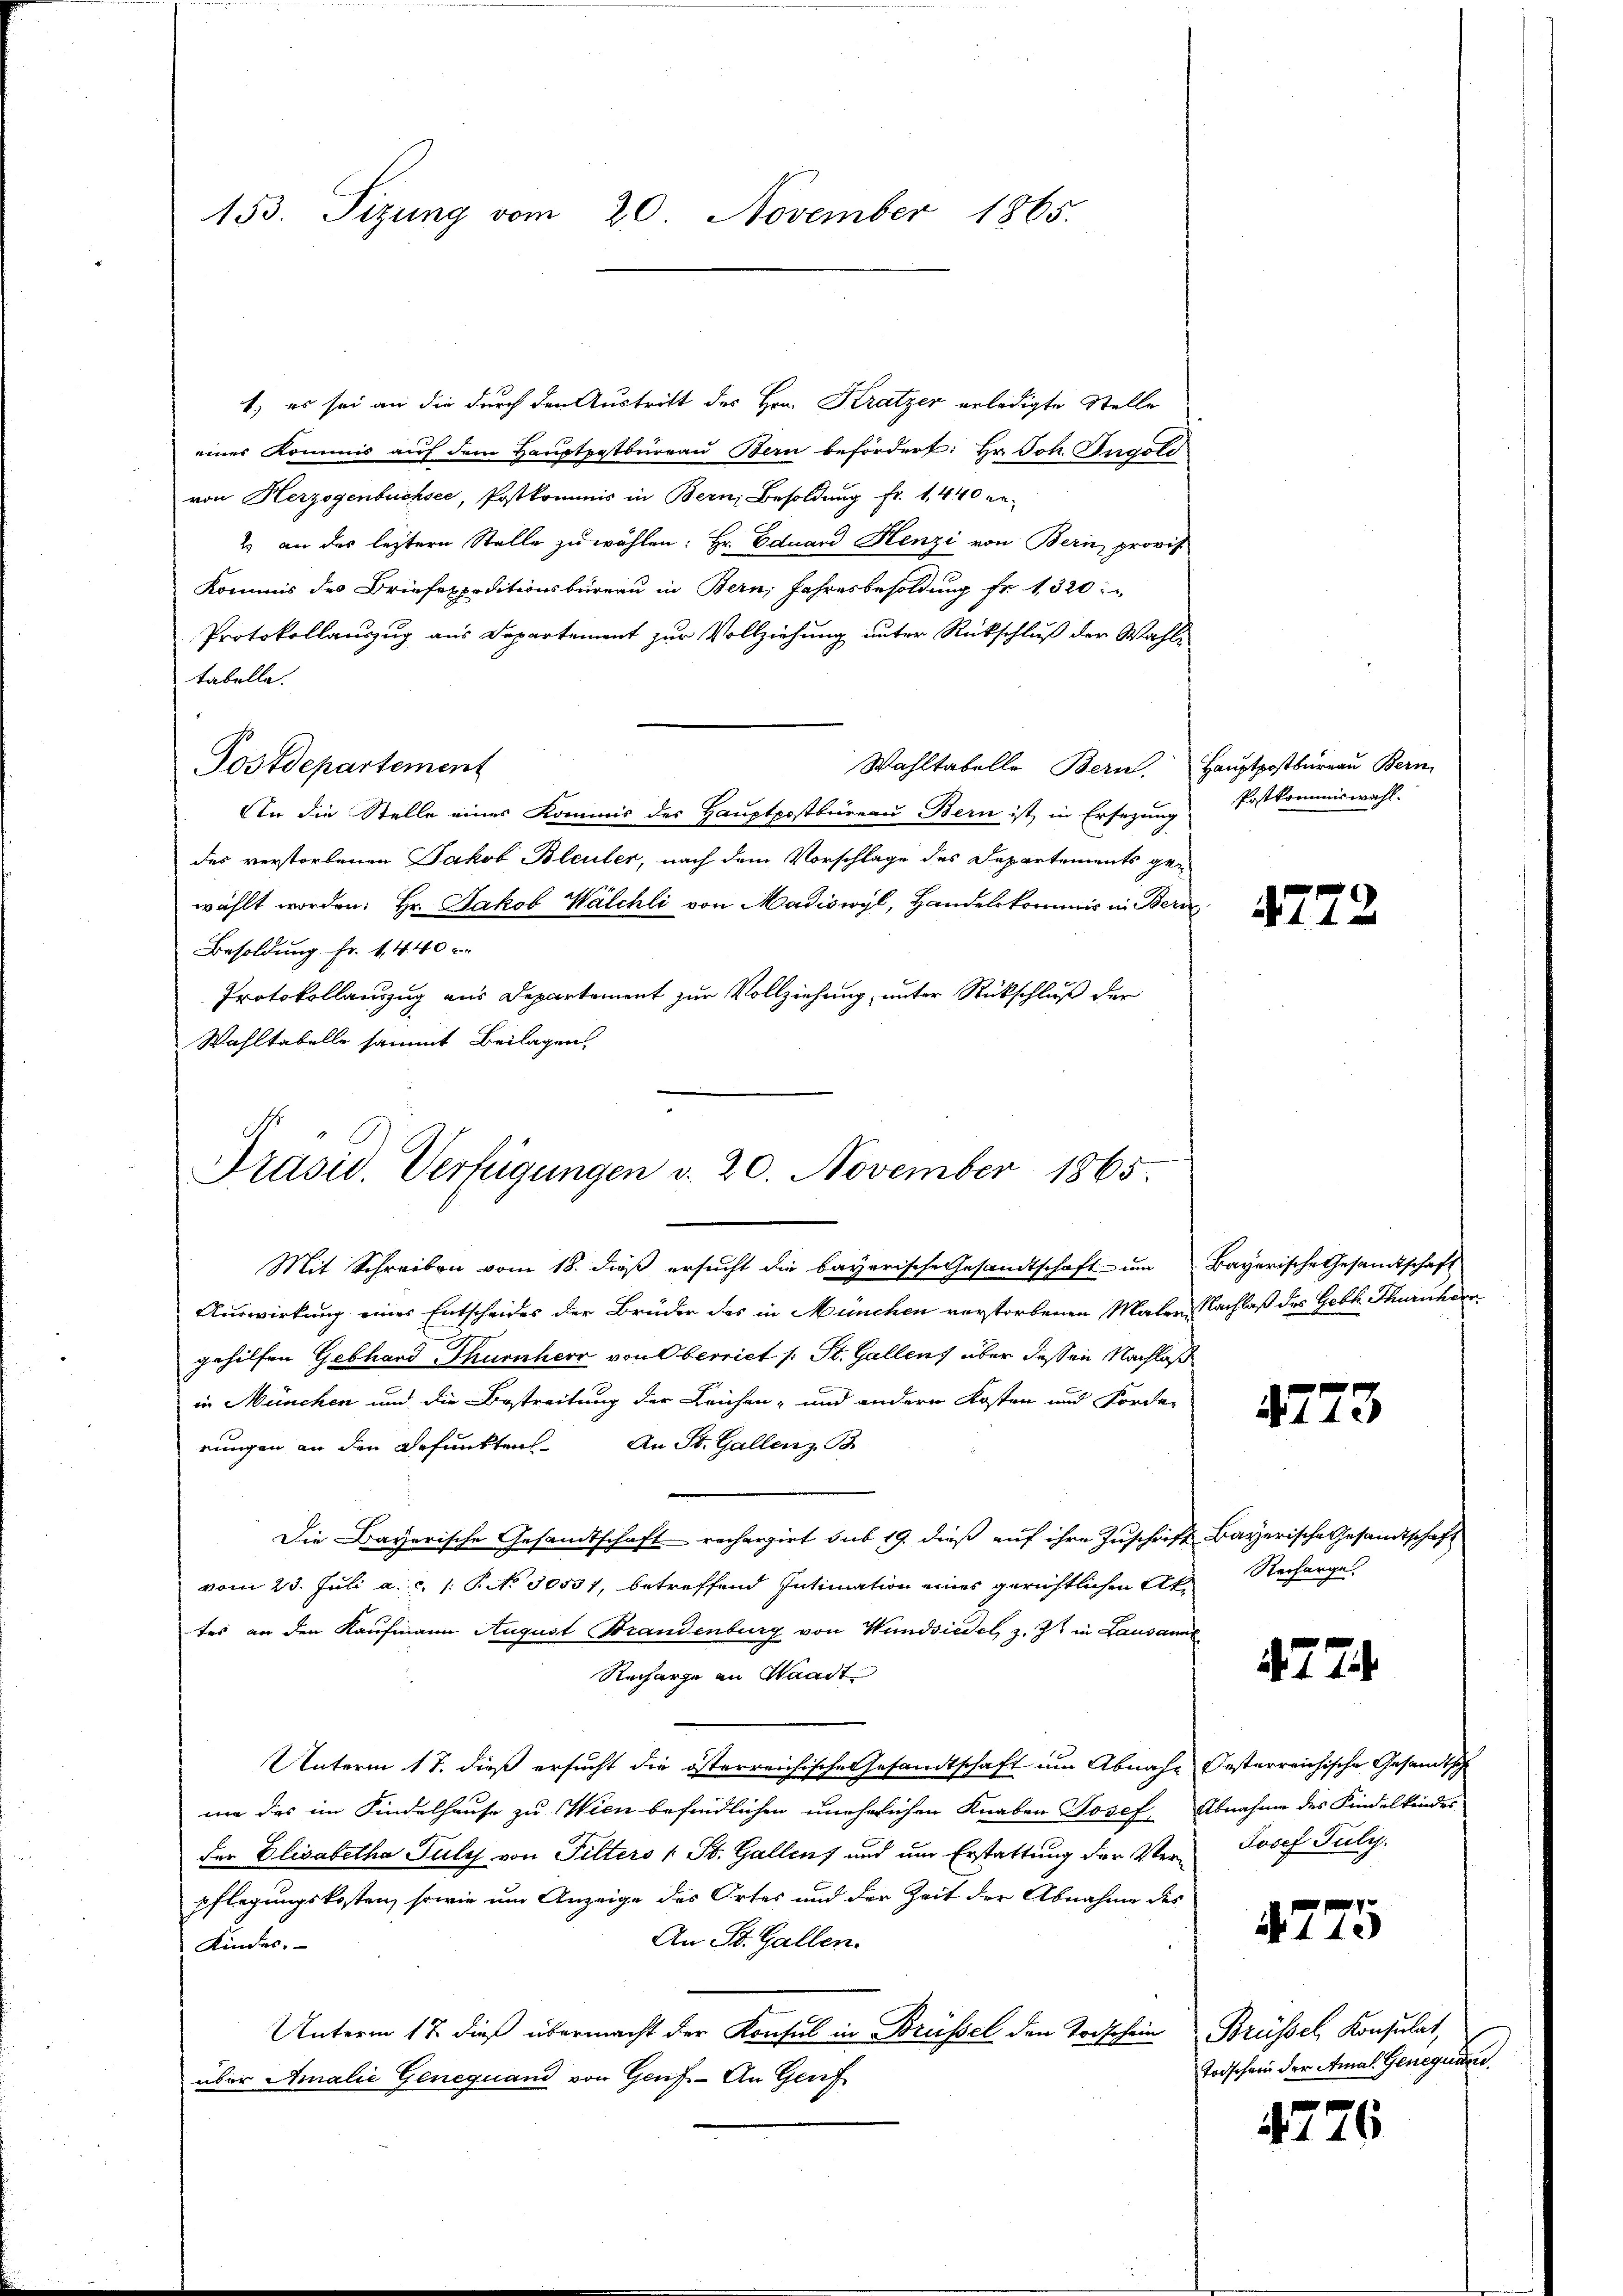
153. Sizung vom 20. November 1865.

1) es sei an die durch den Austritt des Hrn. Kratzer erledigte Stelle
einer Kommis aŭf dem Haŭptpetbüreaŭ Bern befördert: Hr. Joh. Ingold
von Herzogenbüchsee, Postkommis in Bern, Besoldung fr. 1, 440 ge-
2 an des leztere Stelle zu wählen: Hr. Eduard Henzi von Bern, provis
Kommis des Briefexpeditionsbüreau in Bern, Jahresbesoldung fr. 1320
Protokollauszug aus Departement zur Vollziehung unter Rückschluß der Wahltabelle.
Postdepartement
Wahltabelle Bern. Hauptpostbüreau Bern
In die Stelle eines Kommis des Hauptpostbüreau Bern ist, in Ersezung
des verstorbenen Jakob Bleuler, nach dem Vorschlage des Departements gewählt worden: Hr. Jakob Walchli von Madiswyl, Handelskommis in Bern
Besoldung Fr. 14. 40 x
Protokollauszug aus Departement zur Vollziehung, unter Rückschluß der
Wahltabelle sammt Beilagen,

Präsid. Verfügungen d. 20. November 1865.

Mit Schreiben vom 18. dieß ersucht die bayerische Gesandtschaft um Bayerische Gesandtschaft
Auswirkung einer Entscheides der Brüder des in München verstorbenen Maler, Nachlaß des Gebh. Thuruhen
gehilfen Gebhard Thurnherr von Oberriet /: St. Gallen, über dessen Nachlaß
in München und die Bestreitung der Leichen- und andern Kosten und Forder
rungen an den Befunkten. An St. Gallenz B
Die Bayerische Gesandtschaft rechargirt sub 19. dieß auf ihre Zuschrift Bayerische Gesandtschaft
vom 23. Juli a.c. s. S. No 30531, betreffend Intimation eines gerichtlichen Attes an den Kaufmann August Brandenburg von Wandsiedel, z. Z. in Lausanne
Recharge an Waadt
Unterm 17. dieß ersucht die österreichische Gesandtschaft um Abnahe festerreichische Gesandtsch
me des im Kindelhause zu Wien befindlichen unehelichen Knaben Josef Abnahme des Kindelkindes
der Elisabetha July von Pilters (St. Gallen und um Erstattung der Verpflegungskosten, sowie um Anzeige des Ortes und der Zeit der Abnahme des
An St. Gallen.
Kinder.
Unterm 17. dieß übermacht der Konsul in Brüssel den Todschein Brüssel, Konsulat,
über Amalie Genequand von Genf. - An Genf

Postkommiswahl.

4772

2773

Recharge.

27

Josef July.

4775

Todschein der Amal. Genequar

4776